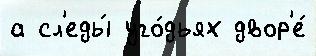
а сл'еды́ уго́дьях двор'е́